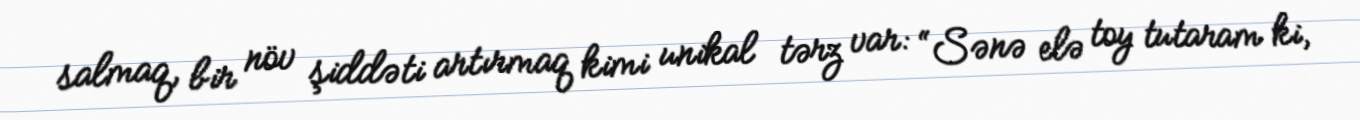
salmaq, bir növ şiddəti artırmaq kimi unikal tərz var: “Sənə elə toy tutaram ki,